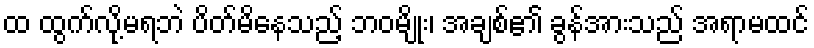
ထ ထွက်လို့မရဘဲ ပိတ်မိနေသည့် ဘဝမျိုး၊ အချစ်၏ ခွန်အားသည် အရာမထင်